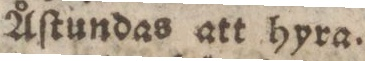
Åſtundas att hyra.